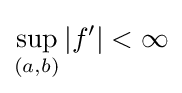
\sup _{(a,b)}|f'|<\infty